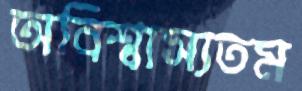
অবিশ্বাস্যতম